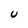
Character: U